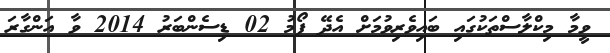
ވީމާ މިކްލާސްތަކުގައި ބައިވެރިވުމަށް އެދޭ ފޯމު 02 ޑިސެންބަރު 2014 ވާ އަންގާރަ